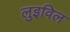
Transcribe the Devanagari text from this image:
लुइविल